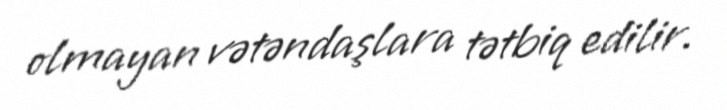
olmayan vətəndaşlara tətbiq edilir.